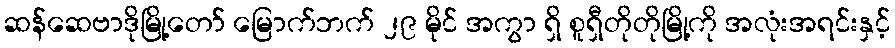
ဆန်ဆေဗာဒိုမြို့တော် မြောက်ဘက် ၂၉ မိုင် အကွာ ရှိ စူရှီတိုတိုမြို့ကို အလုံးအရင်းနှင့်